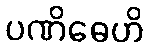
ပဏိဓေဟိ